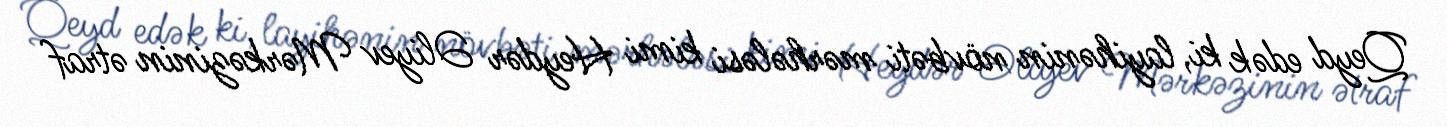
Qeyd edək ki, layihənin növbəti mərhələsi kimi Heydər Əliyev Mərkəzinin ətraf